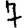
Digit: 7